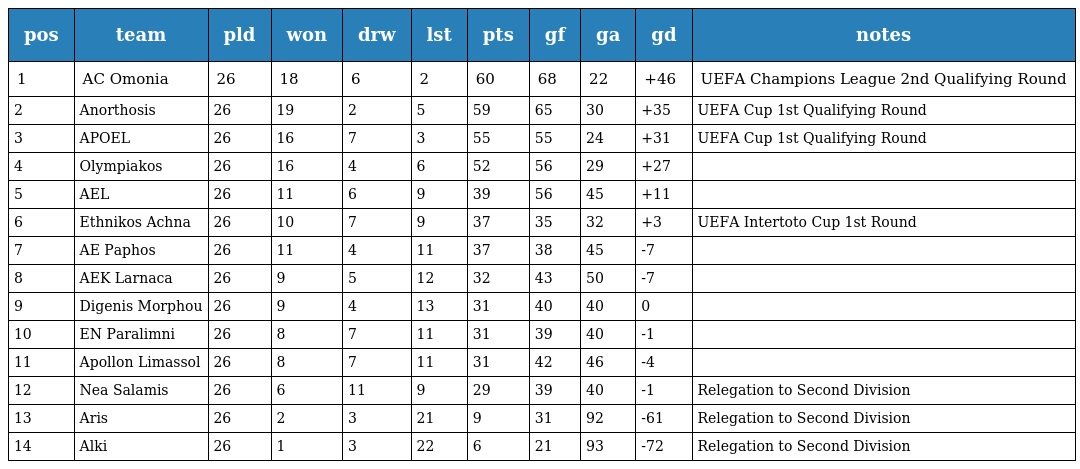
| pos | team | pld | won | drw | lst | pts | gf | ga | gd | notes |
 | --- | --- | --- | --- | --- | --- | --- | --- | --- | --- | --- |
 | 1 | AC Omonia | 26 | 18 | 6 | 2 | 60 | 68 | 22 | +46 | UEFA Champions League 2nd Qualifying Round |
 | 2 | Anorthosis | 26 | 19 | 2 | 5 | 59 | 65 | 30 | +35 | UEFA Cup 1st Qualifying Round |
 | 3 | APOEL | 26 | 16 | 7 | 3 | 55 | 55 | 24 | +31 | UEFA Cup 1st Qualifying Round |
 | 4 | Olympiakos | 26 | 16 | 4 | 6 | 52 | 56 | 29 | +27 |  |
 | 5 | AEL | 26 | 11 | 6 | 9 | 39 | 56 | 45 | +11 |  |
 | 6 | Ethnikos Achna | 26 | 10 | 7 | 9 | 37 | 35 | 32 | +3 | UEFA Intertoto Cup 1st Round |
 | 7 | AE Paphos | 26 | 11 | 4 | 11 | 37 | 38 | 45 | -7 |  |
 | 8 | AEK Larnaca | 26 | 9 | 5 | 12 | 32 | 43 | 50 | -7 |  |
 | 9 | Digenis Morphou | 26 | 9 | 4 | 13 | 31 | 40 | 40 | 0 |  |
 | 10 | EN Paralimni | 26 | 8 | 7 | 11 | 31 | 39 | 40 | -1 |  |
 | 11 | Apollon Limassol | 26 | 8 | 7 | 11 | 31 | 42 | 46 | -4 |  |
 | 12 | Nea Salamis | 26 | 6 | 11 | 9 | 29 | 39 | 40 | -1 | Relegation to Second Division |
 | 13 | Aris | 26 | 2 | 3 | 21 | 9 | 31 | 92 | -61 | Relegation to Second Division |
 | 14 | Alki | 26 | 1 | 3 | 22 | 6 | 21 | 93 | -72 | Relegation to Second Division |